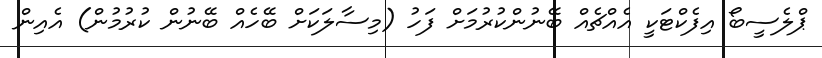
ޕްލެސީބޯ އިފެކްޓަކީ އެއްޗެއް ބޭނުންކުރުމަށް ފަހު (މިސާލަކަށް ބޭހެއް ބޭނުން ކުރުމުން) އެއިން